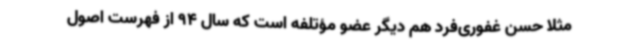
مثلا حسن غفوری‌فرد هم دیگر عضو مؤتلفه است که سال 94 از فهرست اصول